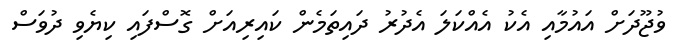
ވުޖޫދަށް އައުމާއި އެކު އެއްކަލަ އެދުރު ދައިތަމެން ކައިރިއަށް ގޮސްފައި ކިޔެވި ދުވަސް